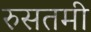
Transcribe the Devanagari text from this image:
रुसतमी